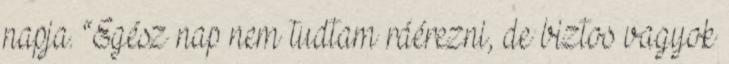
napja. “Egész nap nem tudtam ráérezni, de biztos vagyok